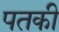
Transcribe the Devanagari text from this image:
पतकी